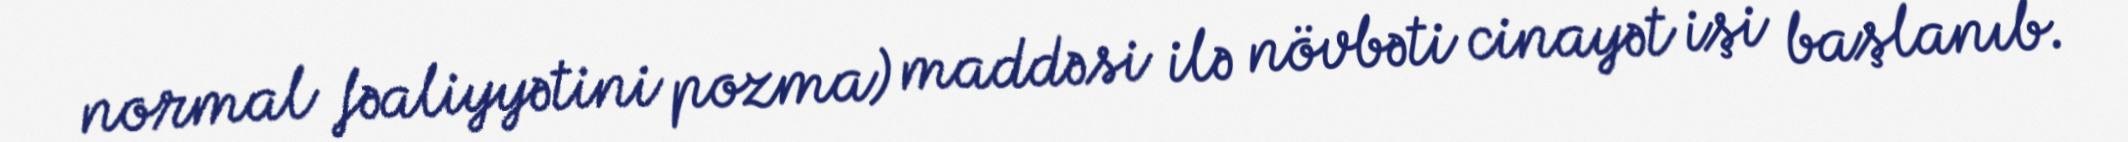
normal fəaliyyətini pozma) maddəsi ilə növbəti cinayət işi başlanıb.